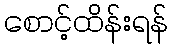
စောင့်ထိန်းရန်